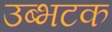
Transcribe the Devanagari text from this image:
उब्भटक